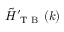
\tilde { H } _ { \mathrm { ~ T ~ B ~ } } ^ { \prime } ( k )